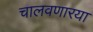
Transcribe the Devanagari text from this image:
चालवणारया